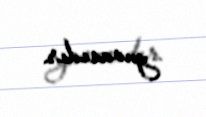
yuvasıdır.